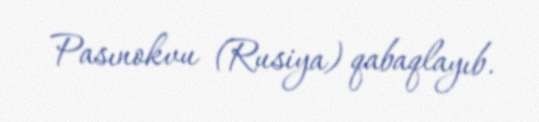
Pasınokvu (Rusiya) qabaqlayıb.